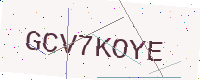
Text: GCV7KOYE